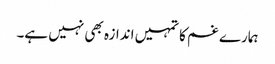
ہمارے غم کا تمہیں اندازہ بھی نہیں ہے۔